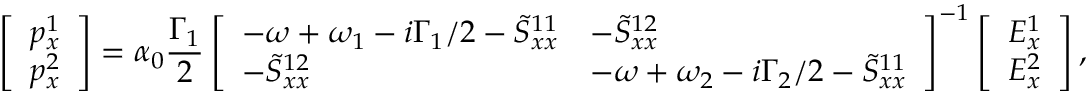
\left[ \begin{array} { l } { p _ { x } ^ { 1 } } \\ { p _ { x } ^ { 2 } } \end{array} \right] = \alpha _ { 0 } \frac { \Gamma _ { 1 } } { 2 } \left[ \begin{array} { l l } { - \omega + \omega _ { 1 } - i \Gamma _ { 1 } / 2 - \tilde { S } _ { x x } ^ { 1 1 } } & { - \tilde { S } _ { x x } ^ { 1 2 } } \\ { - \tilde { S } _ { x x } ^ { 1 2 } } & { - \omega + \omega _ { 2 } - i \Gamma _ { 2 } / 2 - \tilde { S } _ { x x } ^ { 1 1 } } \end{array} \right] ^ { - 1 } \left[ \begin{array} { l } { E _ { x } ^ { 1 } } \\ { E _ { x } ^ { 2 } } \end{array} \right] ,